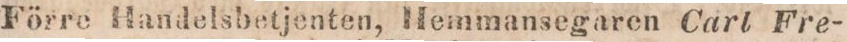
Förre Handelsbetjenten, Hemmansegaren Carl Fre-